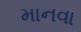
માનવા